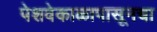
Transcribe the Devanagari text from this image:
पेशवेकाळापासूनचा